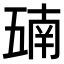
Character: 𫡵